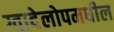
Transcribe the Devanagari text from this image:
ग्वादेलोपमधील